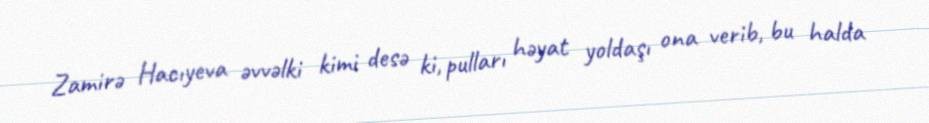
Zamirə Hacıyeva əvvəlki kimi desə ki, pulları həyat yoldaşı ona verib, bu halda